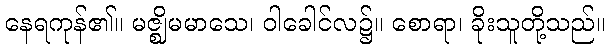
နေရကုန်၏။ မဇ္ဈိမမာသေ၊ ဝါခေါင်လ၌။ စောရာ၊ ခိုးသူတို့သည်။